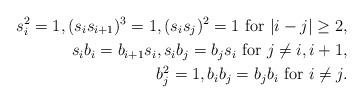
LaTeX: \begin{align*}s_i^2=1, (s_is_{i+1})^3=1, (s_is_j)^2=1 \mbox{~for~} |i-j|\geq 2,\\s_ib_i=b_{i+1}s_i, s_ib_j=b_js_i \mbox{~for~} j\neq i, i+1,\\b_j^2=1, b_ib_j=b_jb_i \mbox{~for~} i\neq j. \end{align*}